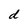
Character: d